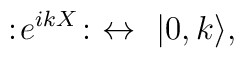
:\! e^{i k X} \! : \ \leftrightarrow\ |0,k\rangle,